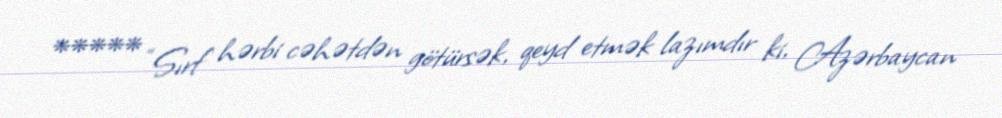
***** “Sırf hərbi cəhətdən götürsək, qeyd etmək lazımdır ki, Azərbaycan